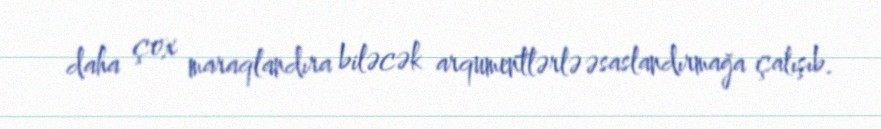
daha çox maraqlandıra biləcək arqumentlərlə əsaslandırmağa çalışıb.